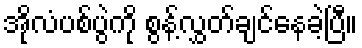
အိုလံပစ်ပွဲကို စွန့်လွှတ်ချင်နေခဲ့ပြီ။